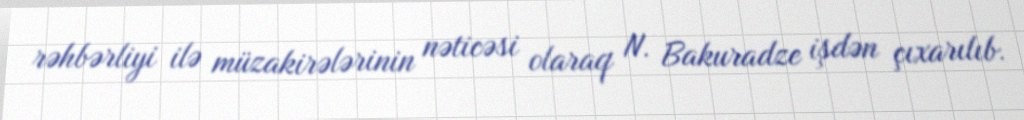
rəhbərliyi ilə müzakirələrinin nəticəsi olaraq N. Bakuradze işdən çıxarılıb.